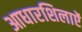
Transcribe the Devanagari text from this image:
आधारशिलाऐं